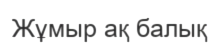
Жұмыр ақ балық